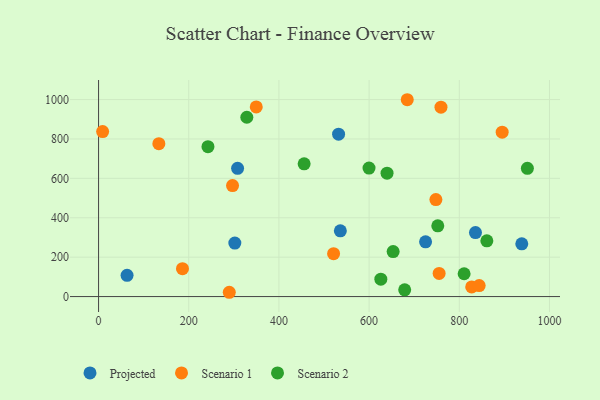
{"axis": {"x": "Speed", "y": "Yield"}, "legend": ["Projected", "Scenario 1", "Scenario 2"], "data": [{"x": "536.2", "y": 333.8, "type": "Projected"}, {"x": "938.6", "y": 267.6, "type": "Projected"}, {"x": "725.2", "y": 278.1, "type": "Projected"}, {"x": "302.2", "y": 271.7, "type": "Projected"}, {"x": "63.2", "y": 107.8, "type": "Projected"}, {"x": "835.9", "y": 325.0, "type": "Projected"}, {"x": "532.3", "y": 824.1, "type": "Projected"}, {"x": "308.3", "y": 650.9, "type": "Projected"}, {"x": "895.1", "y": 834.7, "type": "Scenario 1"}, {"x": "755.3", "y": 117.7, "type": "Scenario 1"}, {"x": "289.9", "y": 21.8, "type": "Scenario 1"}, {"x": "684.6", "y": 999.2, "type": "Scenario 1"}, {"x": "827.5", "y": 49.2, "type": "Scenario 1"}, {"x": "186.1", "y": 141.7, "type": "Scenario 1"}, {"x": "759.4", "y": 961.4, "type": "Scenario 1"}, {"x": "133.7", "y": 775.9, "type": "Scenario 1"}, {"x": "349.7", "y": 962.9, "type": "Scenario 1"}, {"x": "844.1", "y": 55.6, "type": "Scenario 1"}, {"x": "521.2", "y": 217.8, "type": "Scenario 1"}, {"x": "9.0", "y": 837.7, "type": "Scenario 1"}, {"x": "748.1", "y": 492.5, "type": "Scenario 1"}, {"x": "297.1", "y": 563.2, "type": "Scenario 1"}, {"x": "639.8", "y": 626.6, "type": "Scenario 2"}, {"x": "810.7", "y": 115.9, "type": "Scenario 2"}, {"x": "678.9", "y": 34.4, "type": "Scenario 2"}, {"x": "653.3", "y": 228.4, "type": "Scenario 2"}, {"x": "752.3", "y": 358.9, "type": "Scenario 2"}, {"x": "951.0", "y": 651.2, "type": "Scenario 2"}, {"x": "626.0", "y": 88.1, "type": "Scenario 2"}, {"x": "861.1", "y": 282.9, "type": "Scenario 2"}, {"x": "599.8", "y": 652.3, "type": "Scenario 2"}, {"x": "455.9", "y": 673.6, "type": "Scenario 2"}, {"x": "242.6", "y": 760.8, "type": "Scenario 2"}, {"x": "328.8", "y": 910.2, "type": "Scenario 2"}]}